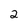
Character: 2